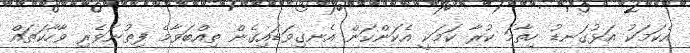
އެކަމަކު އަޅުގަނޑު ހިތާމަ ކުރާ ކަމަކީ އެކަންކަން އެނގިވަޑައިގެން ތިއްބަވާމެ ފިތުނަވެރި ވާހާކަތައް